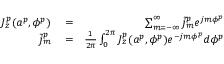
\begin{array} { r l r } { J _ { z } ^ { p } ( a ^ { p } , \phi ^ { p } ) } & { { } = } & { \sum _ { m = - \infty } ^ { \infty } \tilde { j } _ { m } ^ { p } e ^ { j m \phi ^ { p } } } \\ { \tilde { j } _ { m } ^ { p } } & { { } = } & { { \frac { 1 } { 2 \pi } } \int _ { 0 } ^ { 2 \pi } J _ { z } ^ { p } ( a ^ { p } , \phi ^ { p } ) e ^ { - j m \phi ^ { p } } d \phi ^ { p } } \end{array}